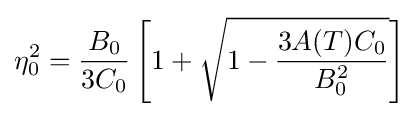
\eta _{0}^{2}={\frac {B_{0}}{3C_{0}}}\left[1+{\sqrt {1-{\frac {3A(T)C_{0}}{B_{0}^{2}}}}}\right]